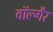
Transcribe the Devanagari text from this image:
वॉल्गैर